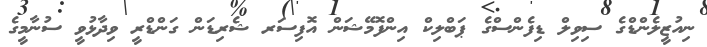
ނިއުޒީލެންޑްގެ ސިވިލް ޑިފެންސްގެ ޕަބްލިކް އިންފޮމޭޝަން އޮފިސަރ ޝެރިޑަން ގަންޑްރީ ވިދާޅުވީ ސުނާމީގެ